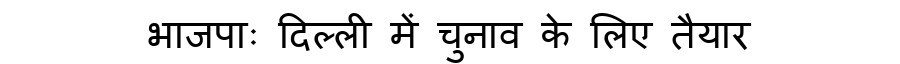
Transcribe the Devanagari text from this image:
भाजपाः दिल्ली में चुनाव के लिए तैयार